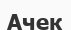
Ачек